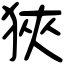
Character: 狹